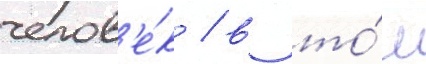
челов'е́к / в то́м